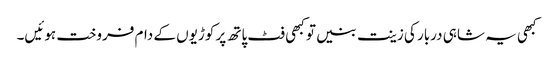
کبھی یہ شاہی دربار کی زینت بنیں تو کبھی فٹ پاتھ پر کوڑیوں کے دام فروخت ہوئیں۔